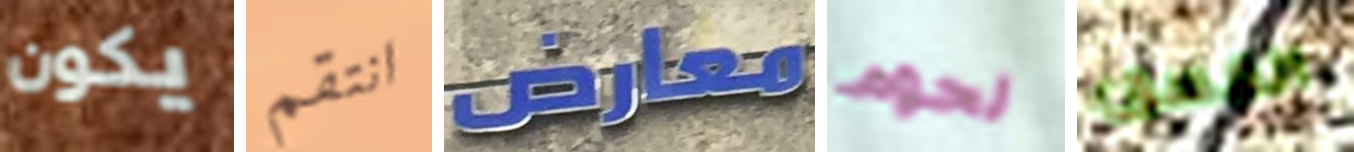
يكون انتقم معارض لحوم الغسق